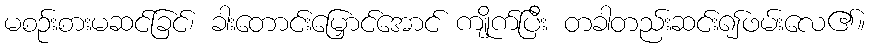
မစဉ်းစားမဆင်ခြင်၊ ခါးတောင်းမြှောင်အောင် ကျိုက်ပြီး တခါတည်းဆင်း၍ဖမ်းလေ၏။